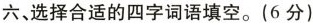
六、选择合适的四字词语填空。(6分)